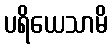
ပရိယေသာမိ